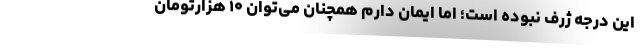
این درجه ژرف نبوده است؛ اما ایمان دارم همچنان می‌توان ۱۰ هزارتومان